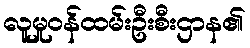
လူမှုဝန်ထမ်းဦးစီးဌာန၏